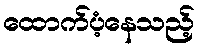
ထောက်ပံ့နေသည့်